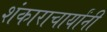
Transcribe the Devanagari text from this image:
शंकाराचार्यांनी